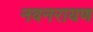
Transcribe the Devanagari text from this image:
नवनरायण